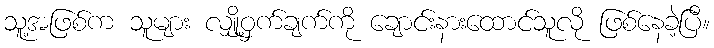
သူ့အဖြစ်က သူများ လျှို့ဝှက်ချက်ကို ချောင်းနားထောင်သူလို ဖြစ်နေခဲ့ပြီ။